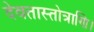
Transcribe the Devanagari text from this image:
देवतास्तोत्राणि।